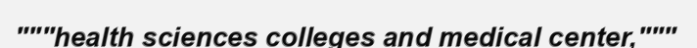
"""health sciences colleges and medical center,"""